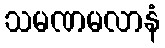
သမဏမလာနံ